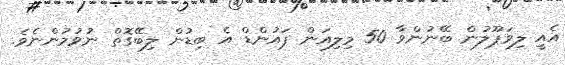
އެއީ ލިވަޕޫލުން ބޭނުންވާ 50 މިލިއަން ޕައުންޑް އެ ބިޑުން ލިބޭގޮތް ނުވުމުންނެވެ.